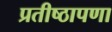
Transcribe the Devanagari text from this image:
प्रतीष्ठापणा